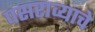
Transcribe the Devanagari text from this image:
पसराव्याचे